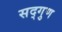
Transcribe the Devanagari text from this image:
सद्‌गुण